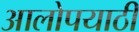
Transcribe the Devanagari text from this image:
आलोपयाठी